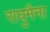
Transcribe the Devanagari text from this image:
राघुमैना